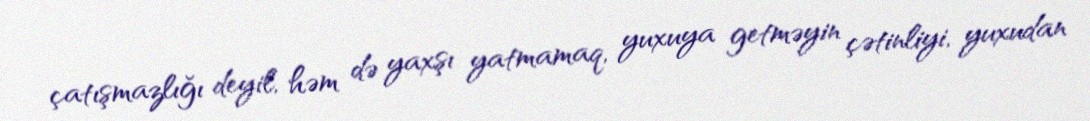
çatışmazlığı deyil, həm də yaxşı yatmamaq, yuxuya getməyin çətinliyi, yuxudan